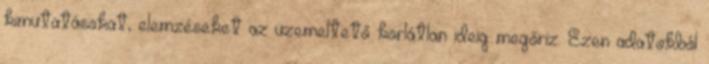
kimutatásokat, elemzéseket az üzemeltető korlátlan ideig megőriz. Ezen adatokból